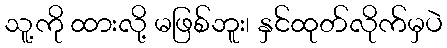
သူ့ကို ထားလို့ မဖြစ်ဘူး၊ နှင်ထုတ်လိုက်မှပဲ